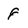
Character: F